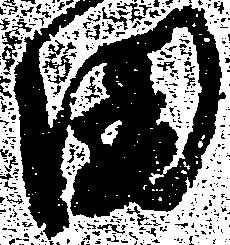
田